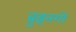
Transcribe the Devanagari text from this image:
ब्रुइनगो